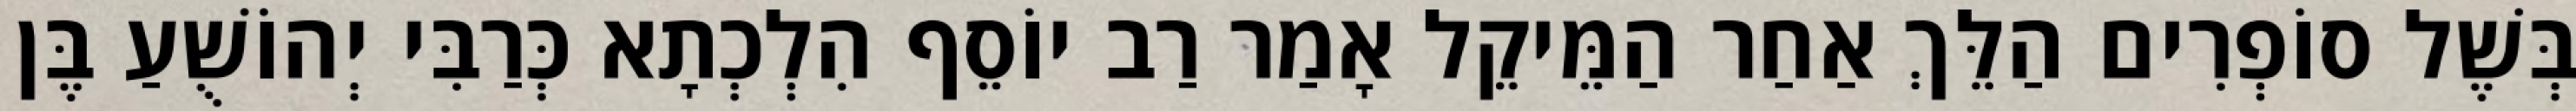
בְּשֶׁל סוֹפְרִים הַלֵּךְ אַחַר הַמֵּיקֵל אָמַר רַב יוֹסֵף הִלְכְתָא כְּרַבִּי יְהוֹשֻׁעַ בֶּן